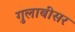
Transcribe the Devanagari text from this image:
गुलाबीसर